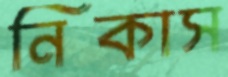
নিকাস